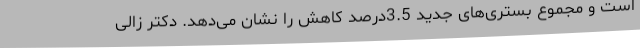
است و مجموع بستری‌های جدید 3.5درصد کاهش را نشان می‌دهد. دکتر زالی